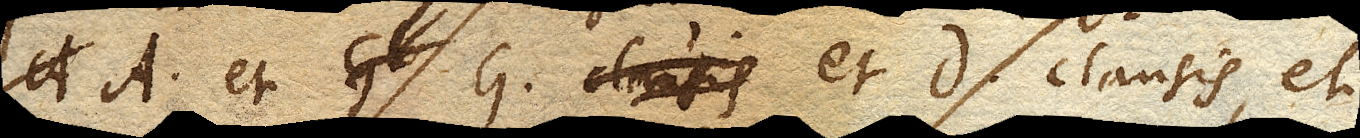
A. et G. et D. clausis, et